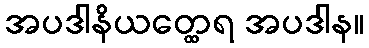
အပဒါနိယတ္ထေရ အပဒါန။